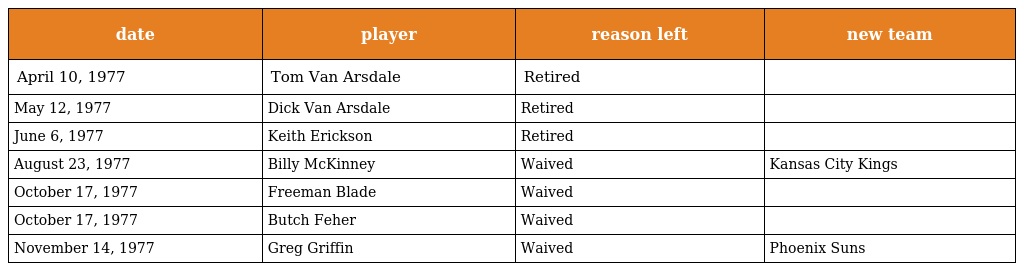
| date | player | reason left | new team |
 | --- | --- | --- | --- |
 | April 10, 1977 | Tom Van Arsdale | Retired |  |
 | May 12, 1977 | Dick Van Arsdale | Retired |  |
 | June 6, 1977 | Keith Erickson | Retired |  |
 | August 23, 1977 | Billy McKinney | Waived | Kansas City Kings |
 | October 17, 1977 | Freeman Blade | Waived |  |
 | October 17, 1977 | Butch Feher | Waived |  |
 | November 14, 1977 | Greg Griffin | Waived | Phoenix Suns |